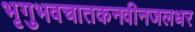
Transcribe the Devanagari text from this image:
भृगुभवचातकनवीनजलधर